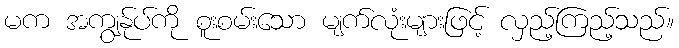
မက အကျွန်ုပ်ကို စူးစမ်းသော မျက်လုံးများဖြင့် လှည့်ကြည့်သည်။